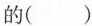
的()